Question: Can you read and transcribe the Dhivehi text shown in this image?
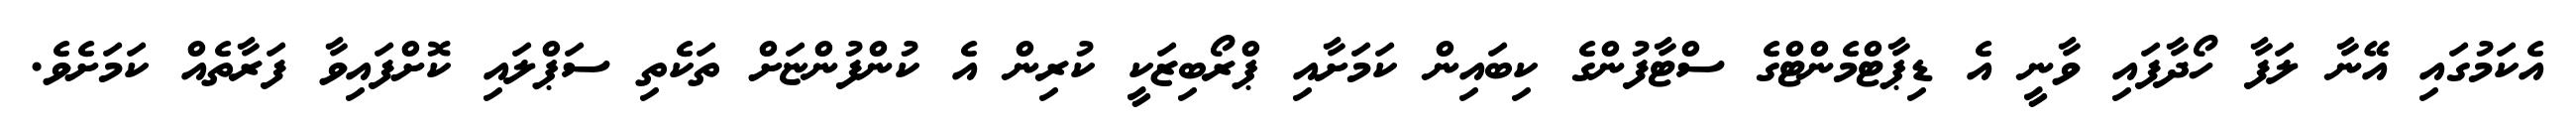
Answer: އެކަމުގައި އޭނާ ލަފާ ހޯދާފައި ވާނީ އެ ޑިޕާޓްމެންޓްގެ ސްޓާފުންގެ ކިބައިން ކަމަށާއި ޕްރޯބިޒަކީ ކުރިން އެ ކުންފުންޏަށް ތަކެތި ސަޕްލައި ކޮށްފައިވާ ފަރާތެއް ކަމަށެވެ.